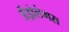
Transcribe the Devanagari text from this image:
डेंड्रोलेगस